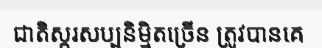
ជាតិស្ករសប្បនិម្មិតច្រើន ត្រូវបានគេ